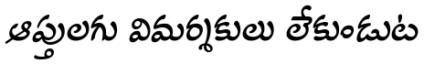
ఆప్తులగు విమర్శకులు లేకుండుట